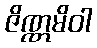
ဇိဏ္ဏမိဝါ